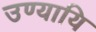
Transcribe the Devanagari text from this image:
उण्यायि